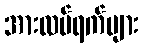
အားလပ်ရက်များ